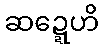
ဆဍ္ဍေဟိ